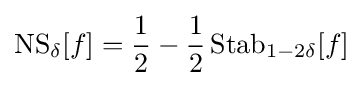
\operatorname {NS} _{\delta }[f]={\frac {1}{2}}-{\frac {1}{2}}\operatorname {Stab} _{1-2\delta }[f]